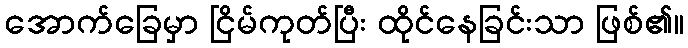
အောက်ခြေမှာ ငြိမ်ကုတ်ပြီး ထိုင်နေခြင်းသာ ဖြစ်၏။